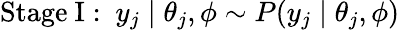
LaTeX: {\mathrm{Stage~I:~}}y_{j}\mid\theta_{j},\phi\sim P(y_{j}\mid\theta_{j},\phi)